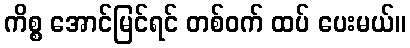
ကိစ္စ အောင်မြင်ရင် တစ်ဝက် ထပ် ပေးမယ်။